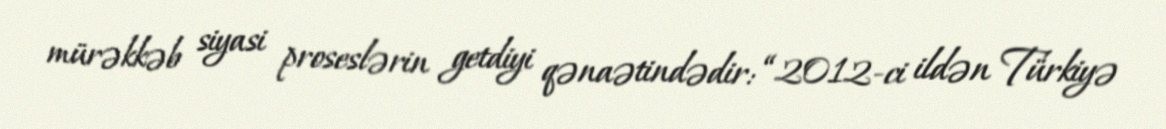
mürəkkəb siyasi proseslərin getdiyi qənaətindədir: “2012-ci ildən Türkiyə